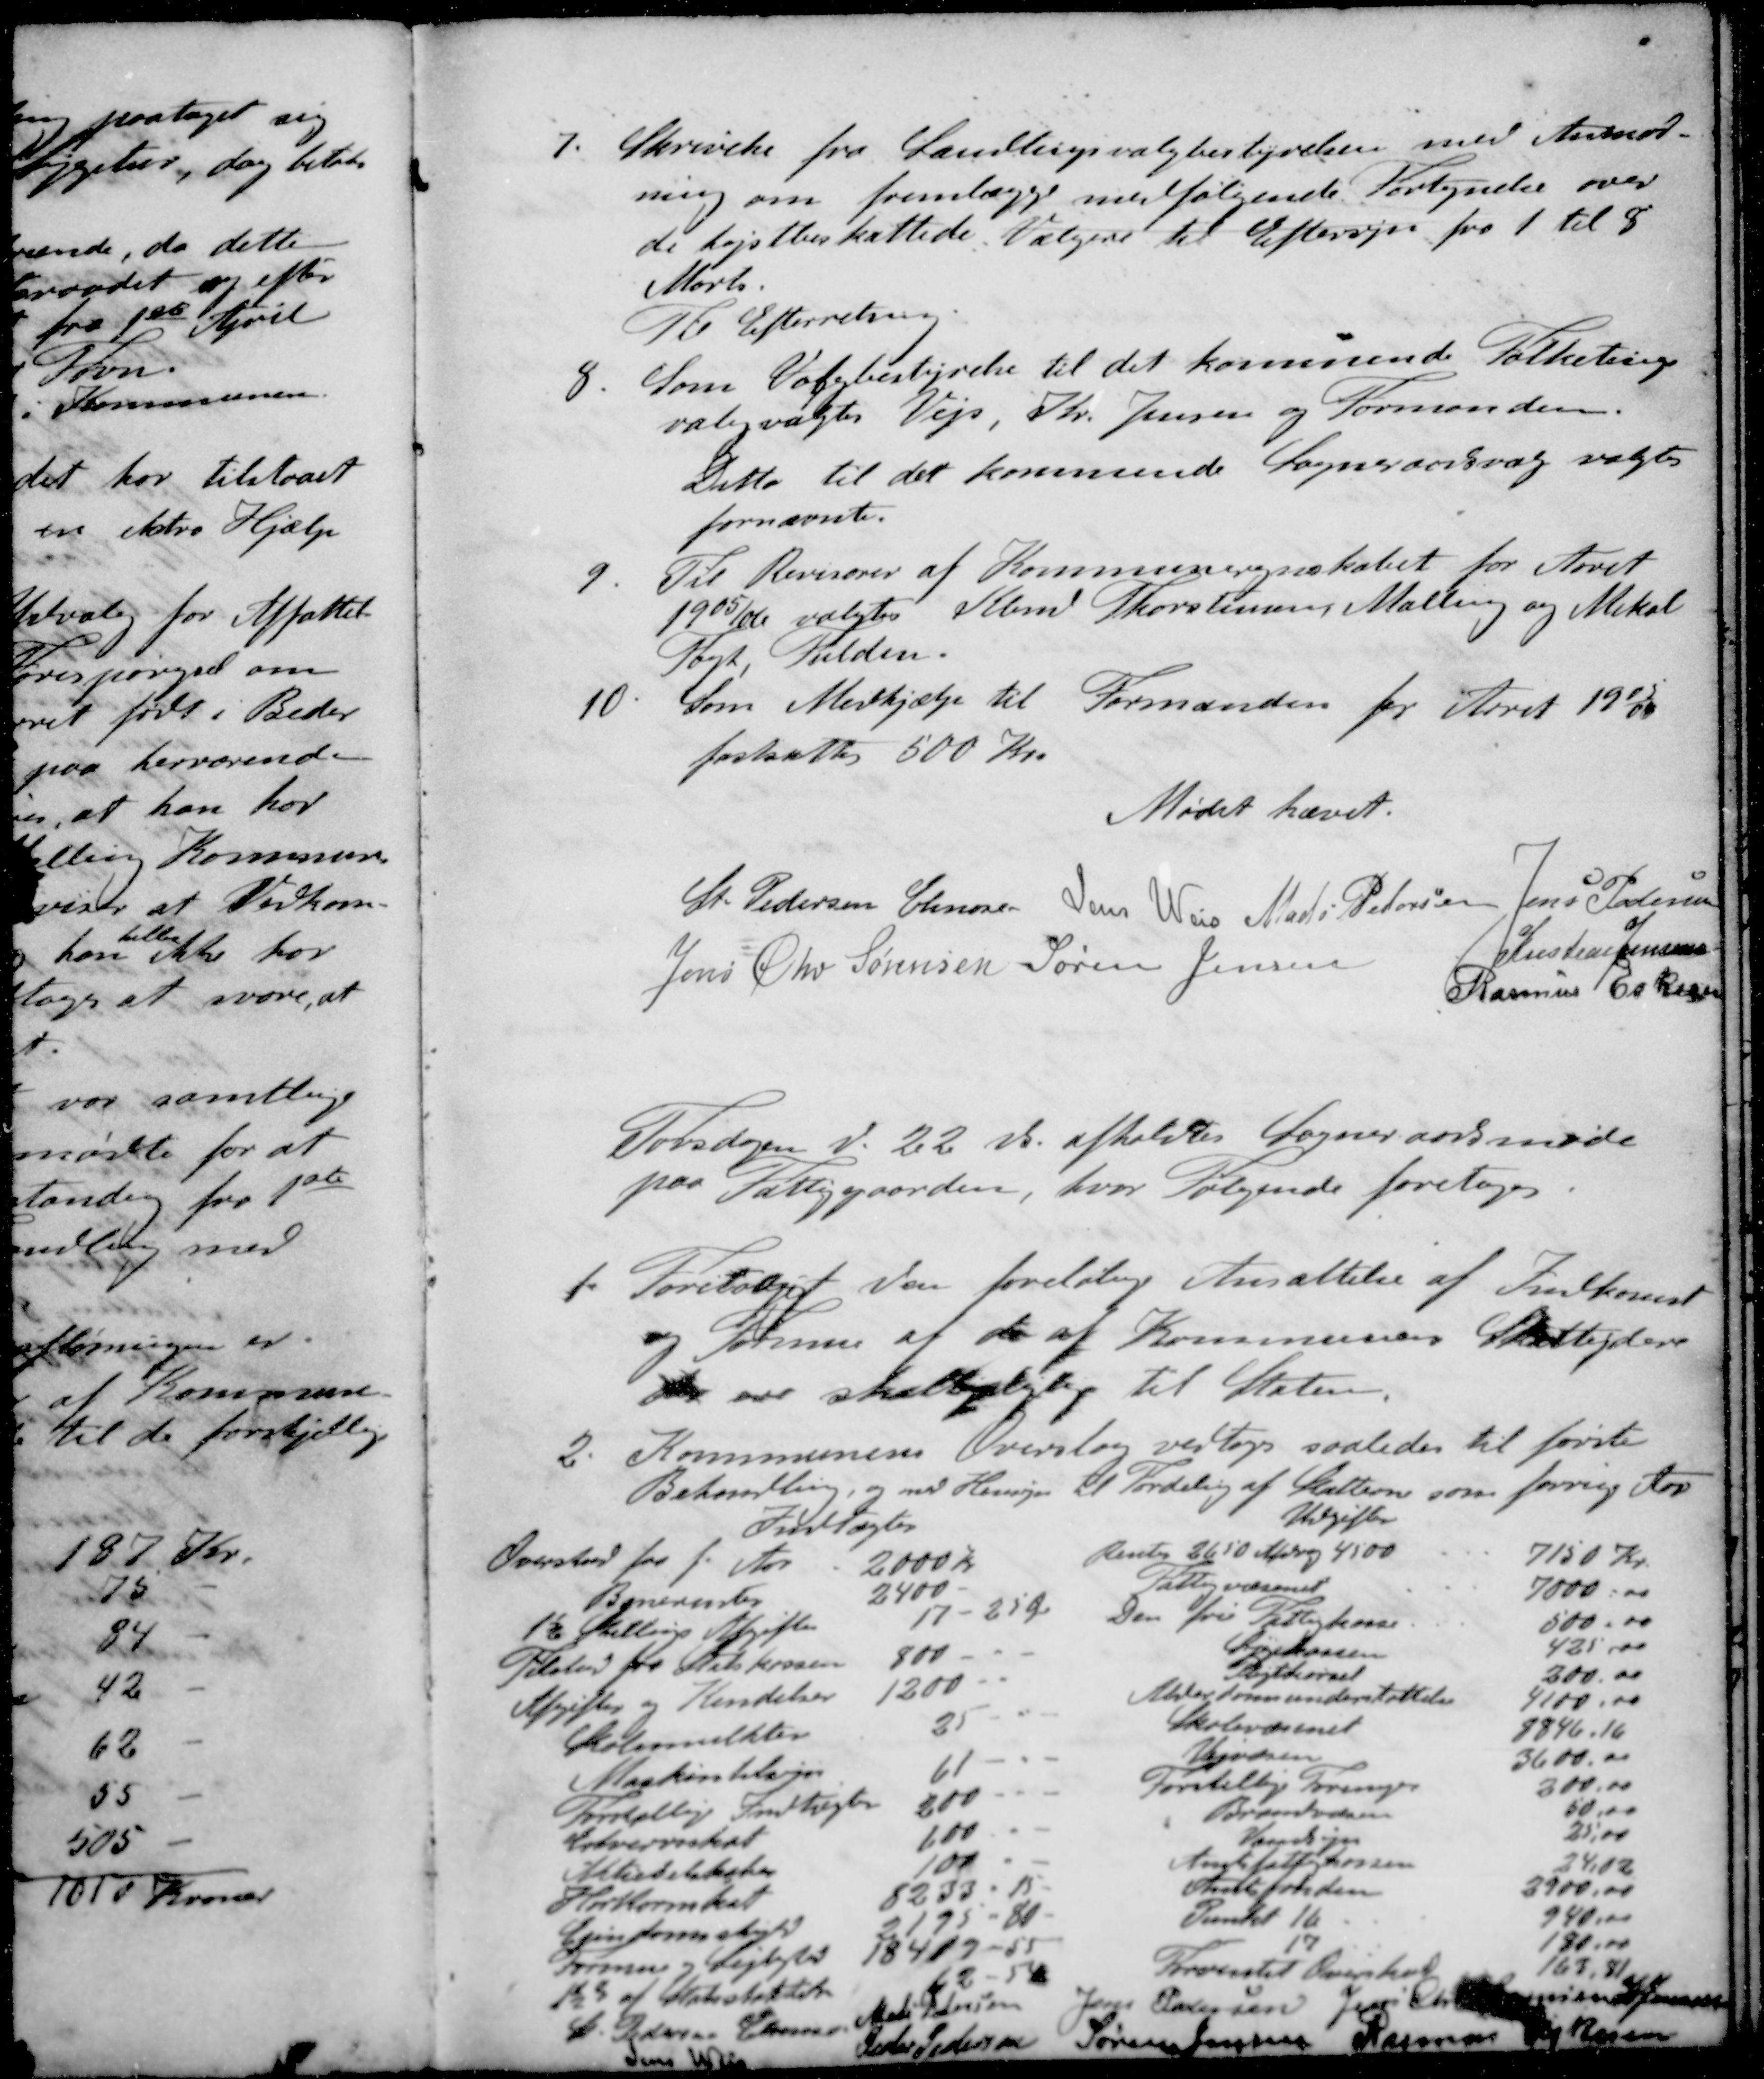
Transskription:
7. Skrivelse fra Landtingsvalgbestyrelsen med Anmod-
ning om fremlægge medfølgende Fortegnelse over
de høistbeskattede Vælgere til Eftersyn fra 1 til 8
Marts.
Til Efterretning
8. Som Valgbestyrelse til det kommende Folketings-
valg valgtes Vejs, Kr. Jensen og Formanden.
Ditto til det kommende Sogneraadsvalg valgtes
fornævnte.
9. Til Revisorer af Kommuneregnskabet for Aaret
1905/06 valgtes Kbm Thorstensen, Malling og Mikal
Fogt Fulden
10. Som Medhjælp til Formanden for Aaret 1905/06
fastsattes 500 Kr.
Mødet hævet.
St Pedersen
Jens Weis
Mads Pedersen
Jens Pedersen
Jens Chr Sørensen
Søren Jensen
Kristian Jensen
Rasmus Eskesen
Torsdagen d. 22 ds. afholdtes Sogneraadsmøde
paa Fattiggaarden, hvor Følgende foretoges
1. Foretaget den foreløbige Ansættelse af Indkomst
og Formue at de af Kommunens Skatteydere
der ere skattepligtige til Staten
2. Kommunens Overslag vedtoges saaledes til første
Behandling, og med Hensyn til Fordeling af Skatterne som forrige Aar
Indtægter
Overskud fra f. Aar 2000 Kr
Banerenter 2400 -
1½ Skillings Afgifter 17 - 25 Øre
Tilskud fra Statskassen 800 -
Afgifter og Kendelser 1200 - 
Skolemulkter 25 -
Maskintilsyn 6 -
Forskellige Indtægter 200 -
Erhvervsskat 100 -
Aktieselskabs 100 -
Hartkornskat 8233 - 15 -
Ejendomsskyld 2195 - 80 -
Formue og Lejlighed 18419 - 55
1½% af Statsskatten 62 - 54
Udgifter
Rente 2650 Afdrag 4500 7150 Kr.
Fattigvæsenet 7000.00
Den fri Fattigkasse 500.00
Sygekassen 425,000
Pligtkørsel 200.00
Alderdomsunderstøttelse 4100.00
Skolevæsenet 8846.16
Vejvæsen 3600.00
Forskellige Foreninger 200,00
Brandvæsen 50,00
Vandsyn 21,00
Amtsfattigkassen 24,02
Amtsfonden 3500.00
Punkt 16 940,00
" 180.00
Forventet Overskud 163,81
St Pedersen Elmose
Mads Petersen
Jens Pedersen
Jens Chr Sørensen
S Jensen
Jens Weis
Peder Pedersen
Søren Jensen
Rasmus Eskesen